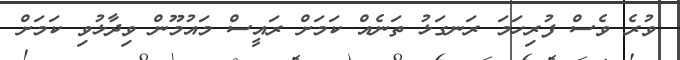
ވުރެ ވެސް ފުރިހަމަ ރަނގަޅު ތަނެއް ކަމަށް ރައީސް މައުމޫން ވިދާޅުވި ކަމަށް